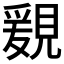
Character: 𧡩